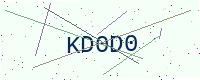
Text: KD0D0